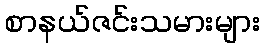
စာနယ်ဇင်းသမားများ